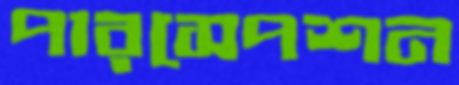
পারসেপশন